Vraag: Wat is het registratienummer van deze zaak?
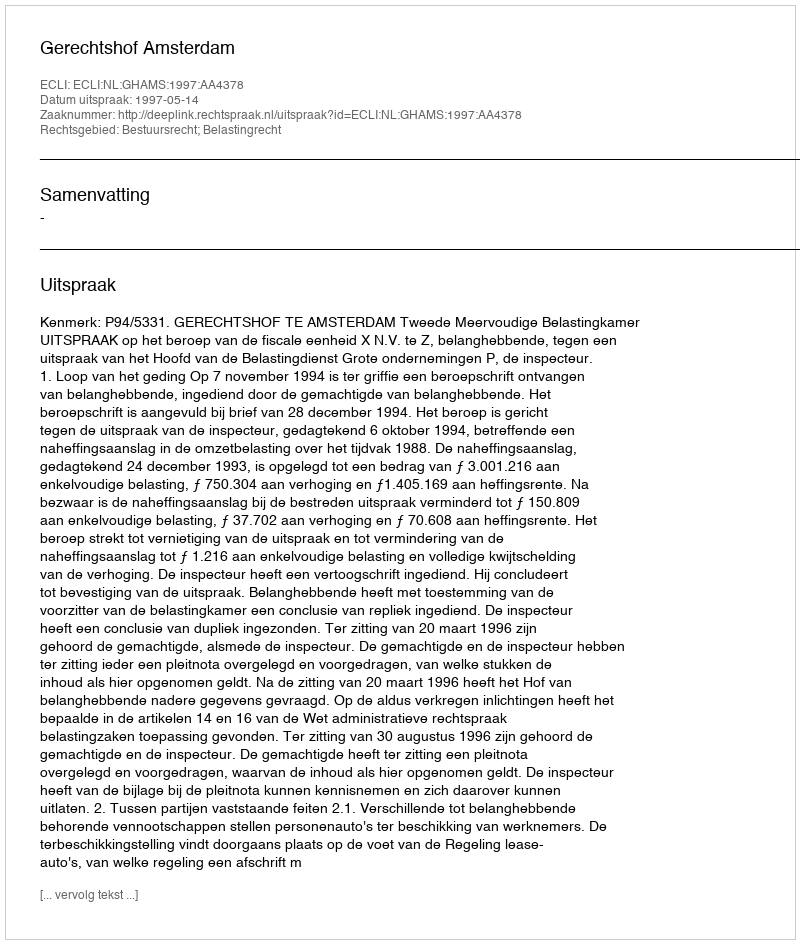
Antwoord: http://deeplink.rechtspraak.nl/uitspraak?id=ECLI:NL:GHAMS:1997:AA4378